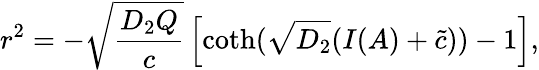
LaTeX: r^{2}=-\sqrt{\frac{D_{2}Q}{c}}\left[\coth(\sqrt{D_{2}}(I(A)+\tilde{c}))-1\right],